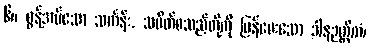
၆။ စွန့်အပ်သော သင်္ကန်း, သပိတ်စသည်တို့ကို ပြန်ပေးသော ဒါနဉတ္တိကံ၊